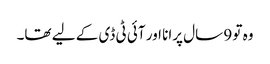
وہ تو 9 سال پرانا اور آئی ٹی ڈی کے لیے تھا۔